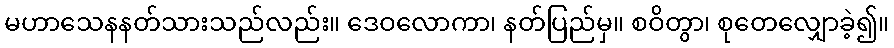
မဟာသေနနတ်သားသည်လည်း။ ဒေဝလောကာ၊ နတ်ပြည်မှ။ စဝိတွာ၊ စုတေလျှောခဲ့၍။